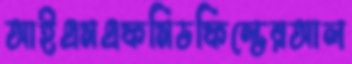
আইএমএফমিডফিল্ডেরআল